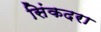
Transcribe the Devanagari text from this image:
सिंकदरा